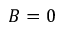
B = 0